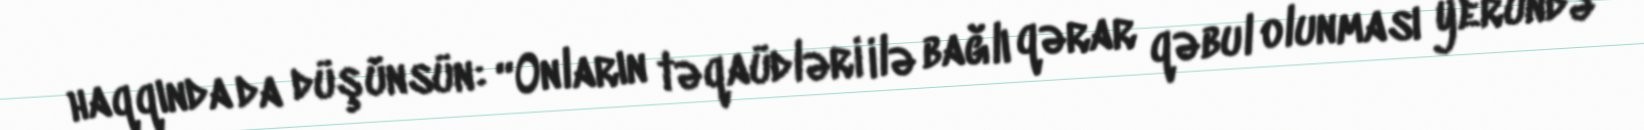
haqqında da düşünsün: “Onların təqaüdləri ilə bağlı qərar qəbul olunması yerundə